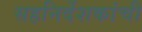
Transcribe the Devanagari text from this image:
सहनिर्देशकांची